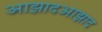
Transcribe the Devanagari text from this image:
आझादआझाद